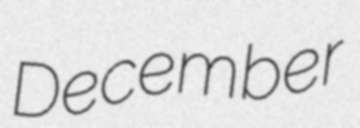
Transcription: December